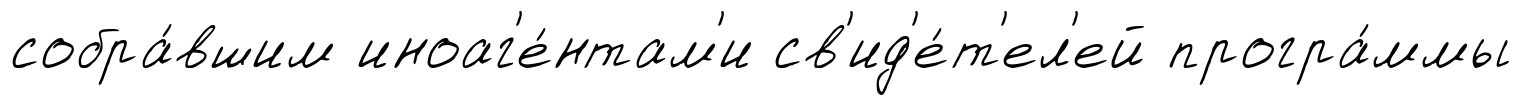
собра́вшим иноаг'е́нтам'и св'ид'е́т'ел'ей програ́ммы